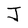
Character: J